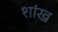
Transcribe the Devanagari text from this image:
शांख